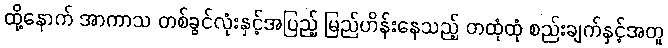
ထို့နောက် အာကာသ တစ်ခွင်လုံးနှင့်အပြည့် မြည်ဟိန်းနေသည့် တထုံထုံ စည်းချက်နှင့်အတူ